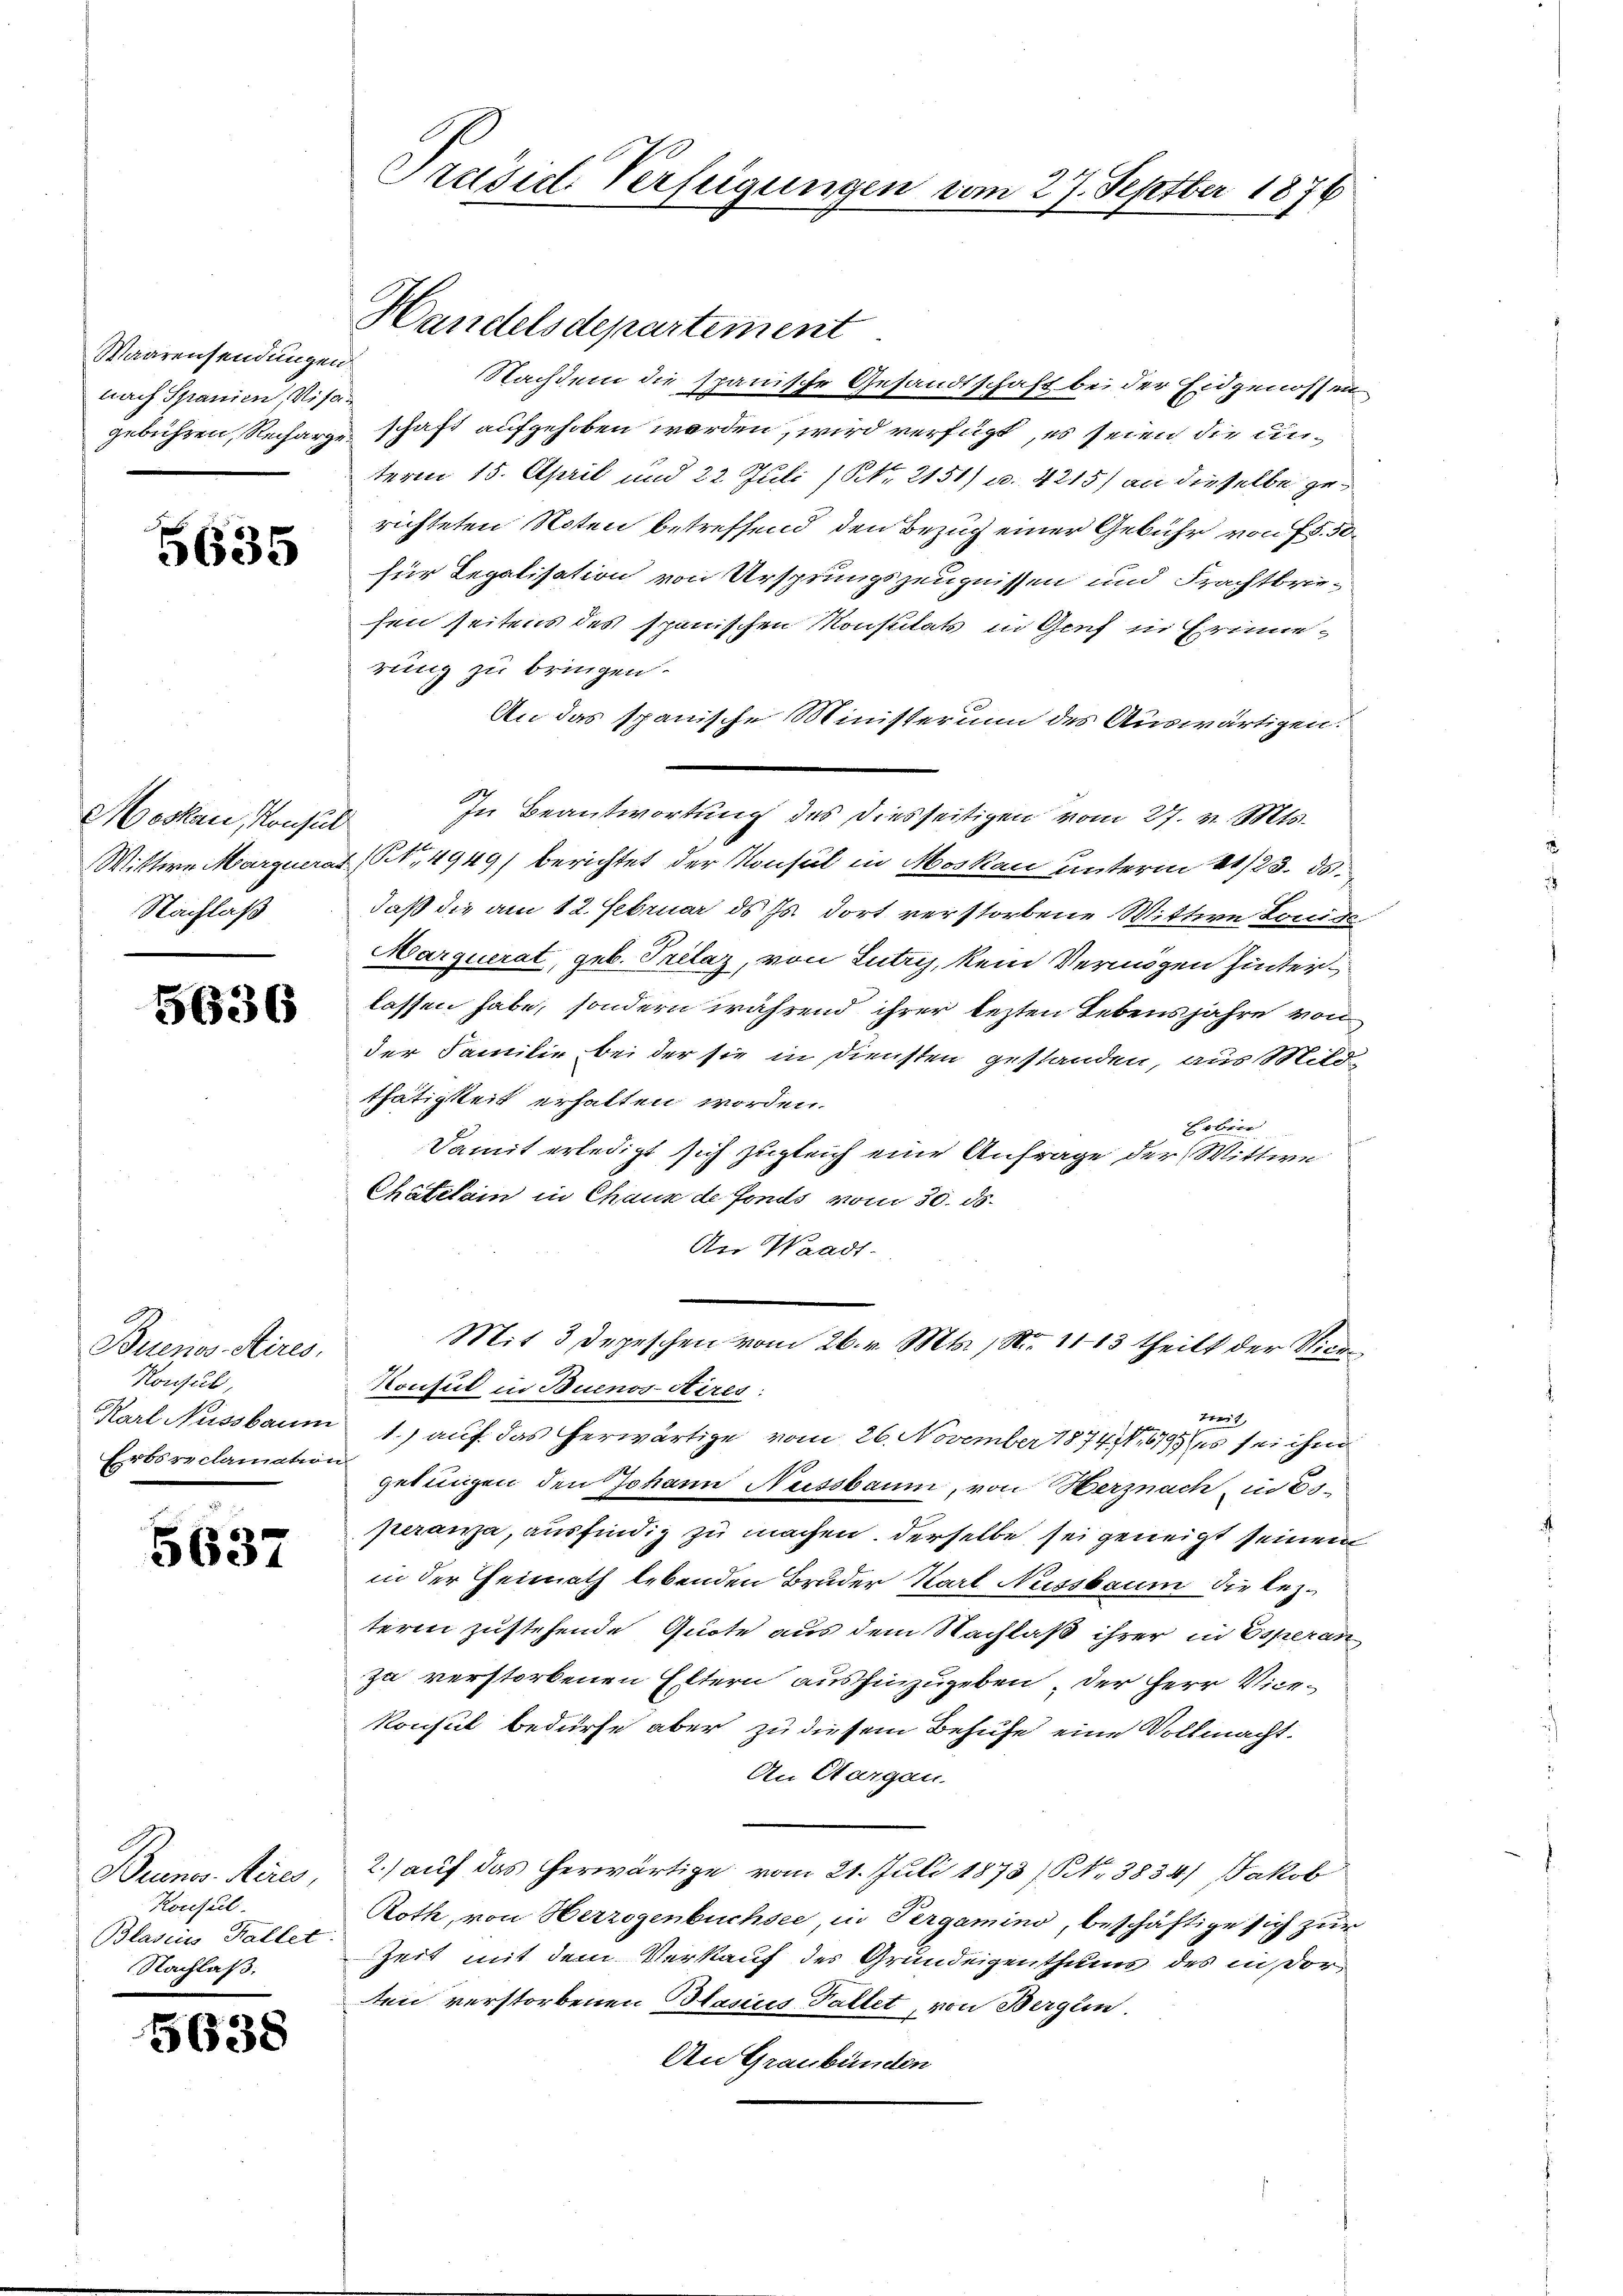
Waarensendungen.
nach Spanien, Visa¬

5635

Moskau, Konsul
Nachlaß

5636

Buenos Aires,
Konsul
Erbsreclamation

5637

Buenos Aires,
Konsul
Blasius Kallet
Nachlaß.

5638

Präsid. Verfügungen vom 27. Septber 1876

Handelsdepartement
Nachdem die spanische Gesandtschaft bei der Eidgenossen
gebühren, Recharge schaft aufgehoben worden, wird verfügt, es seien die unterm 15. April und 22 Juli (NNo. 2151) u. 4215) an dieselbe gerichteten Noten betreffend den Bezug einer Gebühr von fr. 50
für Legalisation von Ursprungszeugnissen und Frachtbrie-
sen seitens des spanischen Konsulat in Genf in Erinnerung zu bringen.
An das spanische Ministerum des Auswärtigen.
In Beantwortung des Diesseitigen vom 27. v. Mts.
Wittwe Margueras (S. 4949) berichtet der Konsul in Moskau unterm 11/23. ds.
daß die am 12. Februar ds Js. dort verstorbene Wittwe Lonide
Marquerat, geb. Trilaz, von Lutry, kein Vermögen hinterlassen habe, sondern während ihrer lezten Lebensjahre von
der Familie bei der sie in Diensten gestanden, aus Mildthätigkeit erhalten worden.
Erben
Damit erledigt sich zugleich eine Anfrage der Wittwe
Chatelain in Chaus de fonds vom 30. ds.
An Waadt-
Mit 3 Depeschen vom 26. v. Mts. N. 11 13 theilt der Vice¬
Konsul in Buenos-Aires.
zwert
Karl Aussbaum 1.) auf das herwärtige vom 26. November 1874, 1195 (es sei ihm
gebungen den Johann Nussbaum, von Herznach in Es
peranza, ausfindig zu machen. Derselbe sei geneigt seinem
in der Heimath lebenden Bruder Karl Nussbaum die lezteren zustehende Quote aus dem Nachlaß ihrer in Esperan
za verstorbenen Eltern aushinzugeben, der Herr Vicekonsul bedürfe aber zu diesem Behufe eine Vollmacht.
An Aargau.
2.) auf das herwärtige vom 21. Juli 1873/NNo. 3834) Jakob
Roth, von Herzogenbüchsee, in Pergamino, beschäftige sich zur
Zeit mit dem Verkauf des Grundeigenthums des in Vorten verstorbenen Blasius Fallet, von Bergen.
An Graubünden